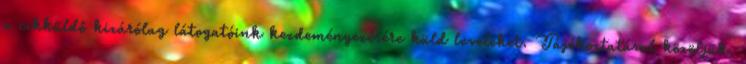
a cikküldő kizárólag látogatóink kezdeményezésére küld leveleket. Tájékoztatásul közöljük,